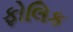
ફોલિક